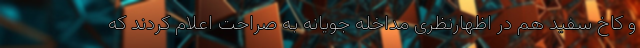
و کاخ سفید هم در اظهارنظری مداخله جویانه به صراحت اعلام کردند که